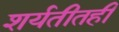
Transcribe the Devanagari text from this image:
शर्यतीतही